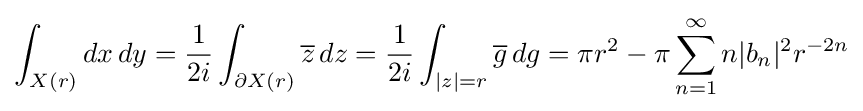
\int _{X(r)}dx\,dy={1 \over 2i}\int _{\partial X(r)}{\overline {z}}\,dz={1 \over 2i}\int _{|z|=r}{\overline {g}}\,dg=\pi r^{2}-\pi \sum _{n=1}^{\infty }n|b_{n}|^{2}r^{-2n}